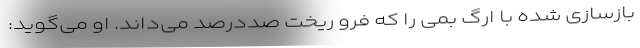
بازسازی شده با ارگ بمی را که فرو ریخت صددرصد می‌داند. او می‌گوید: